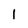
Character: l